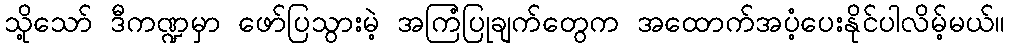
သို့သော် ဒီကဏ္ဍမှာ ဖော်ပြသွားမဲ့ အကြံပြုချက်တွေက အထောက်အပံ့ပေးနိုင်ပါလိမ့်မယ်။